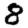
Digit: 8